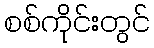
စစ်ကိုင်းတွင်